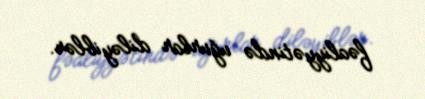
fəaliyyətində uğurlar diləyiblər.